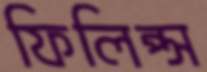
ফিলিপ্স